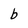
Character: b